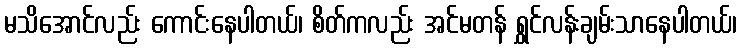
မသိအောင်လည်း ကောင်းနေပါတယ်၊ စိတ်ကလည်း အင်မတန် ရွှင်လန်းချမ်းသာနေပါတယ်၊